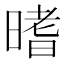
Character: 𣉟